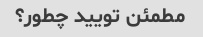
مطمئن تویید چطور؟